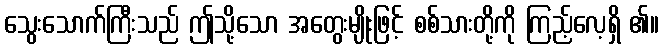
သွေးသောက်ကြီးသည် ဤသို့သော အတွေးမျိုးဖြင့် စစ်သားတို့ကို ကြည့်လေ့ရှိ ၏။